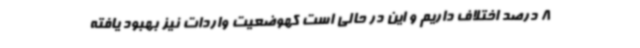
8 درصد اختلاف داریم و این در حالی است کهوضعیت واردات نیز بهبود یافته